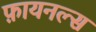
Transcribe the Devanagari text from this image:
फ़ायनल्स